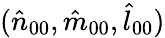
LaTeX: (\hat{n}_{00},\hat{m}_{00},\hat{l}_{00})